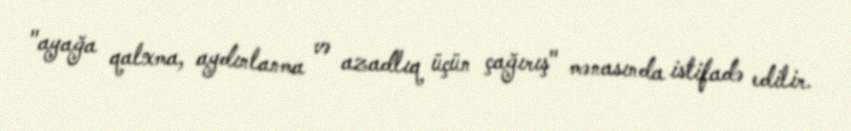
"ayağa qalxma, aydınlanma və azadlıq üçün çağırış" mənasında istifadə edilir.